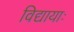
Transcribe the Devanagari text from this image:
विद्यायाः